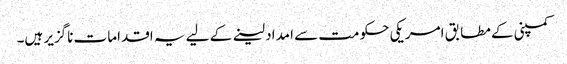
کمپنی کے مطابق امریکی حکومت سے امداد لینے کے لیے یہ اقدامات ناگزیر ہیں۔